画像に写った文字を読んでください
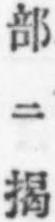
「部ニ揭」と書いてあります